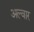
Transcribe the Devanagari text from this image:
अल्‍वार